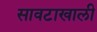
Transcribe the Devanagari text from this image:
सावटाखाली